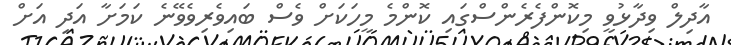
އާދިލް ވިދާޅުވީ މިކޮންފެރެންސްގައި ކޮންމެ މީހަކަށް ވެސް ބައިވެރިވެވޭނެ ކަމަށާ އަދި އަށް